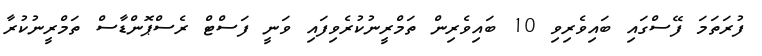
ފުރަތަމަ ފޭސްގައި ބައިވެރިވި 10 ބައިވެރިން ތަމްރީނުކުރެވިފައި ވަނީ ފަސްޓް ރެސްޕޮންޑާސް ތަމްރީނުކުރާ